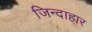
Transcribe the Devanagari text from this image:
जिन्दाहार